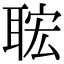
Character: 𦕹